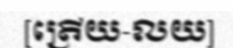
[ត្រើយ-លយ]